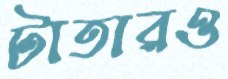
টাতারও